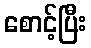
စောင့်ပြီး